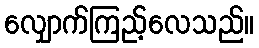
လျှောက်ကြည့်လေသည်။